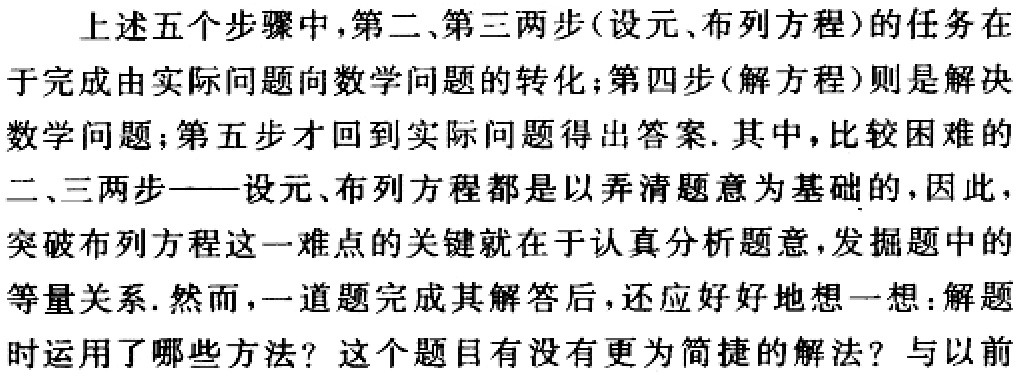
上述五个步骤中,第二、第三两步(设元、布列方程)的任务在于完成由实际问题向数学问题的转化;第四步(解方程)则是解决数学问题;第五步才回到实际问题得出答案. 其中,比较困难的二、三两步——设元、布列方程都是以弄清题意为基础的,因此,突破布列方程这一难点的关键就在于认真分析题意,发掘题中的等量关系. 然而,一道题完成其解答后,还应好好地想一想:解题时运用了哪些方法？这个题目有没有更为简捷的解法？与以前